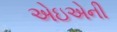
એઇએની